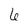
Character: 6